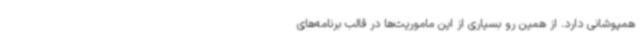
همپوشانی دارد. از همین رو بسیاری از این ماموریت‌ها در قالب برنامه‌های